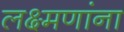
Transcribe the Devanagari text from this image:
लक्ष्मणांना